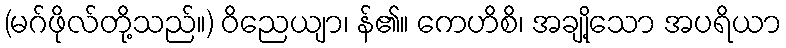
(မဂ်ဖိုလ်တို့သည်။) ဝိညေယျာ၊ န်၏။ ကေဟိစိ၊ အချို့သော အပရိယာ